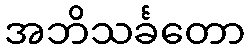
အဘိသင်္ခတော